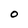
Character: 0